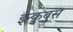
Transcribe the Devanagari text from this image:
इन्कुबुस